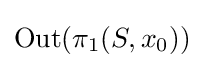
\operatorname {Out} (\pi _{1}(S,x_{0}))